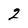
Character: 2